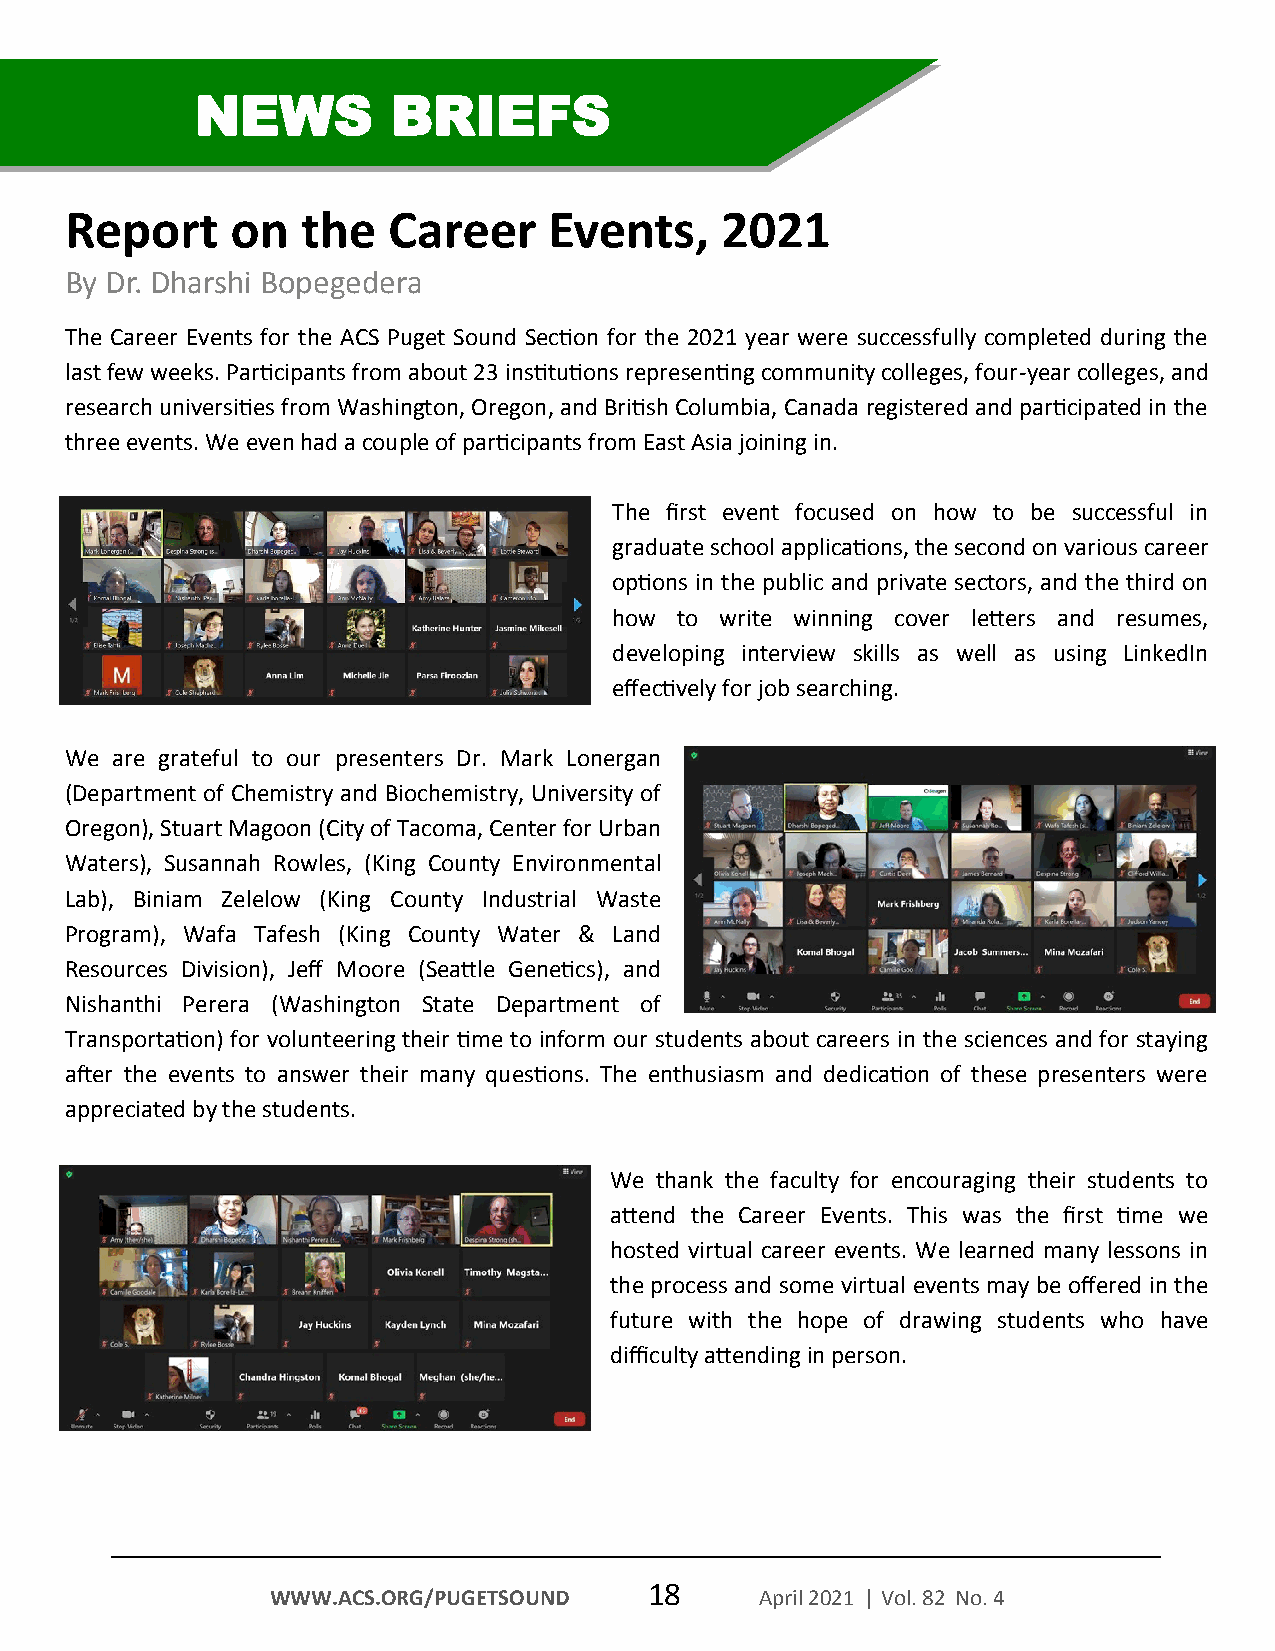
NEWS         BRIEFS
 Report     on   the   Career    Events,     2021
 By Dr. Dharshi Bopegedera
 The Career Events for the ACS Puget Sound Section for the 2021 year were successfully completed during the
 last few weeks. Participants from about 23 institutions representing community colleges, four-year colleges, and
 research universities from Washington, Oregon, and British Columbia, Canada registered and participated in the
 three events. We even had a couple of participants from East Asia joining in.
 The first event focused on how to be successful in
 graduate school applications, the second on various career
 options in the public and private sectors, and the third on
 how to write winning cover letters and resumes,
 developing interview skills as well as using LinkedIn
 effectively for job searching.
 We are grateful to our presenters Dr. Mark Lonergan
 (Department of Chemistry and Biochemistry, University of
 Oregon), Stuart Magoon (City of Tacoma, Center for Urban
 Waters), Susannah Rowles, (King County Environmental
 Lab), Biniam Zelelow (King County Industrial Waste
 Program), Wafa Tafesh (King County Water & Land
 Resources Division), Jeff Moore (Seattle Genetics), and
 Nishanthi Perera (Washington State Department of
 Transportation) for volunteering their time to inform our students about careers in the sciences and for staying
 after the events to answer their many questions. The enthusiasm and dedication of these presenters were
 appreciated by the students.
 We thank the faculty for encouraging their students to
 attend the Career Events. This was the first time we
 hosted virtual career events. We learned many lessons in
 the process and some virtual events may be offered in the
 future with the hope of drawing students who have
 difficulty attending in person.
 18
 WWW.ACS.ORG/PUGETSOUND          April 2021 | Vol. 82 No. 4